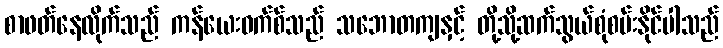
စာဖတ်နေလိုက်သည် ကန်ယေးဝက်စ်သည် သဘောတကျနှင့် တို့သို့ဆက်သွယ်စုံစမ်းနိုင်ပါသည်